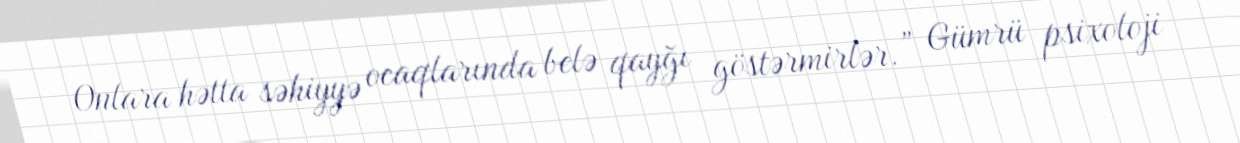
Onlara hətta səhiyyə ocaqlarında belə qayğı göstərmirlər.” Gümrü psixoloji